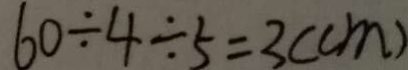
6 0 \div 4 \div 5 = 3 ( c m )